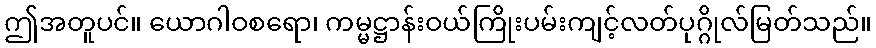
ဤအတူပင်။ ယောဂါဝစရော၊ ကမ္မဋ္ဌာန်းဝယ်ကြိုးပမ်းကျင့်လတ်ပုဂ္ဂိုလ်မြတ်သည်။